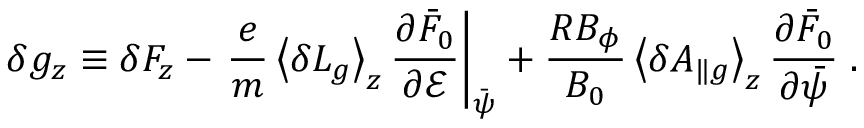
\delta g _ { z } \equiv \delta F _ { z } - \left. \frac { e } { m } \left\langle \delta L _ { g } \right\rangle _ { z } \frac { \partial \bar { F } _ { 0 } } { \partial \mathcal { E } } \right| _ { \bar { \psi } } + \frac { R B _ { \phi } } { B _ { 0 } } \left\langle \delta A _ { \| g } \right\rangle _ { z } \frac { \partial \bar { F } _ { 0 } } { \partial \bar { \psi } } \; .